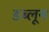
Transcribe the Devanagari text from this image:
डब्लून